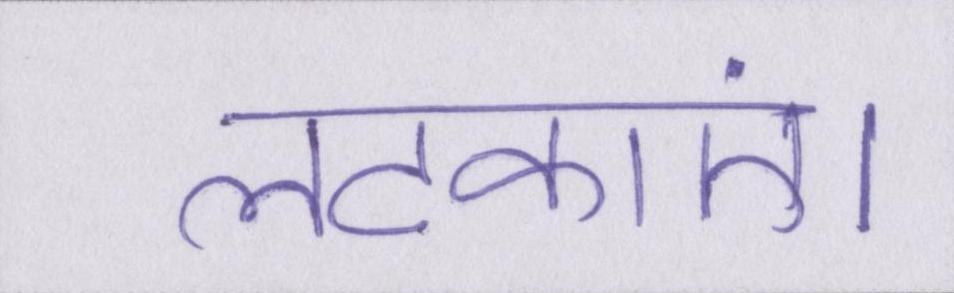
लटकाएं।